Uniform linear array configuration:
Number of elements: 24
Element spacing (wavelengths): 0.25
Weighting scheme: hann
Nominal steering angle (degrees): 15
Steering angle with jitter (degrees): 13.803
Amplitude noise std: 0.05
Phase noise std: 0.05

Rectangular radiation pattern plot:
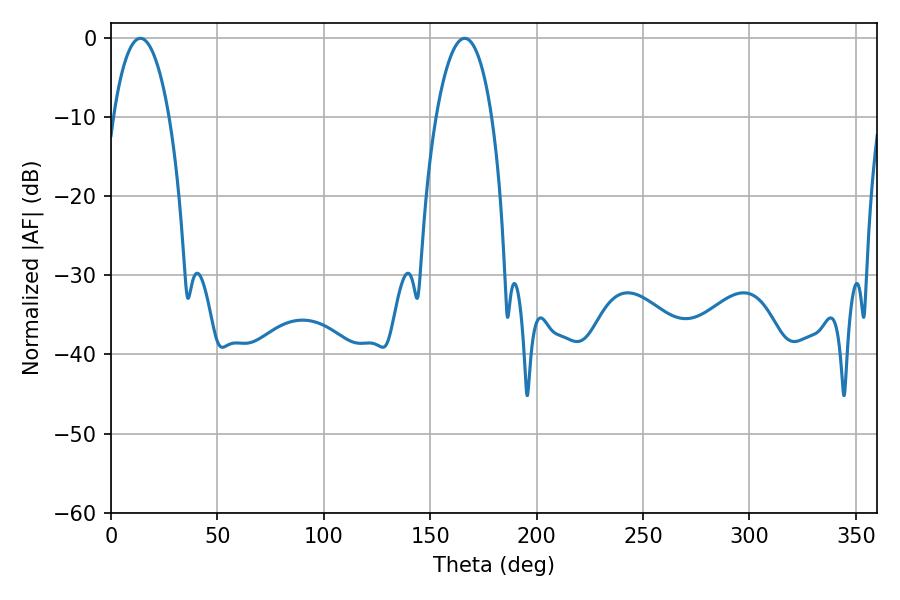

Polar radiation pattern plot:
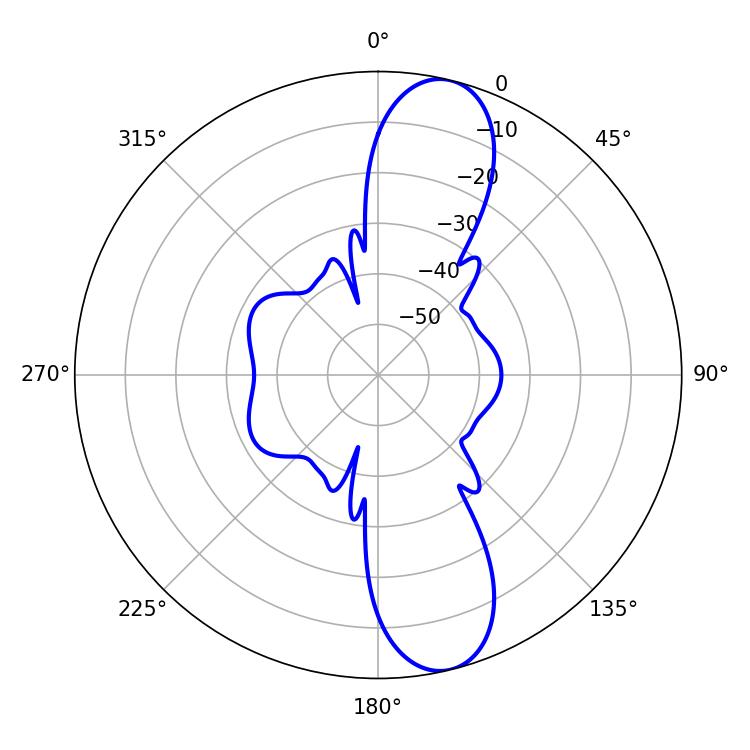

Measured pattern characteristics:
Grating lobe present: FALSE
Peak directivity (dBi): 11.848
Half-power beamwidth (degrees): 14.58
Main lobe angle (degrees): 13.86